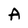
Character: A